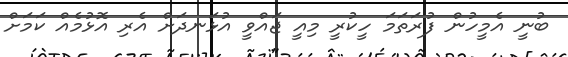
ބުނީ އެމީހުން ފުރަތަމަ ހީކުރީ މިއީ ޖައްވީ އުޅަނދަށް އެރި އޮޅުމެއް ކަމަށް